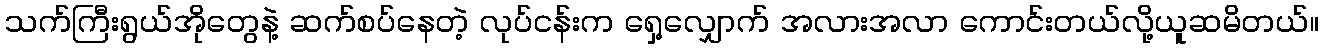
သက်ကြီးရွယ်အိုတွေနဲ့ ဆက်စပ်နေတဲ့ လုပ်ငန်းက ရှေ့လျှောက် အလားအလာ ကောင်းတယ်လို့ယူဆမိတယ်။